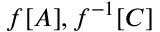
f [ A ] , f ^ { - 1 } [ C ]